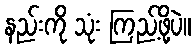
နည်းကို သုံး ကြည့်ဖို့ပဲ။